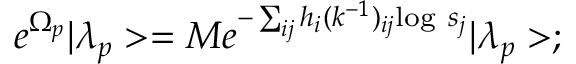
e ^ { \Omega _ { p } } | \lambda _ { p } > = M e ^ { - \sum _ { i j } h _ { i } ( k ^ { - 1 } ) _ { i j } \mathrm { l o g ~ } s _ { j } } | \lambda _ { p } > ;